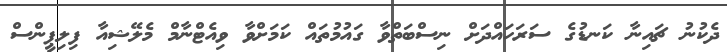
ދެކުނު ޗައިނާ ކަނޑުގެ ސަރަހައްދަށް ނިސްބަތްވާ ގައުމުތައް ކަމަށްވާ ވިއެޓްނާމް މެލޭޝިއާ ފިލިޕީންސް